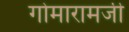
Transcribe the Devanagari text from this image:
गोमारामजी